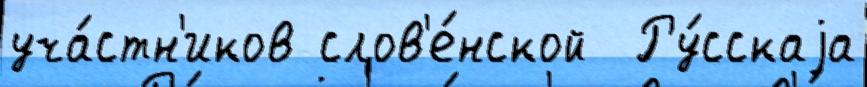
уча́стн'иков слов'е́нской  Ру́сскаjа